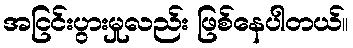
အငြင်းပွားမှုလည်း ဖြစ်နေပါတယ်။